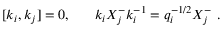
[ k _ { i } , k _ { j } ] = 0 , ~ ~ ~ ~ ~ k _ { i } X _ { j } ^ { - } k _ { i } ^ { - 1 } = q _ { i } ^ { - 1 / 2 } X _ { j } ^ { - } ~ .